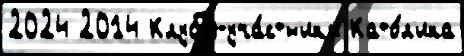
2024 2014 Клубы-уча́стн'ик'и Като́л'ика